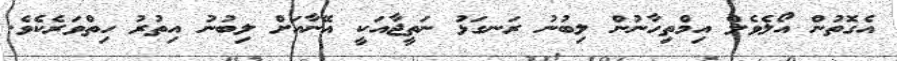
އެގޮތުން އޯލެވެލް އިމްތިހާނުން ލިބުނު ރަނގަޅު ނަތީޖާއަކީ އޭނާއަށް ލިބުނު އިތުރު ހިތްވަރެކެވެ.